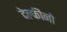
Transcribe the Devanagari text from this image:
देल्फीनो